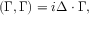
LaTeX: ( \Gamma , \Gamma ) = i \Delta \cdot \Gamma ,